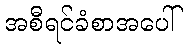
အစီရင်ခံစာအပေါ်